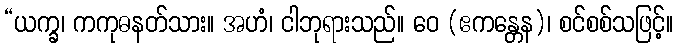
“ယက္ခ၊ ကကုဓနတ်သား။ အဟံ၊ ငါဘုရားသည်။ ဝေ (ဧကန္တေန)၊ စင်စစ်သဖြင့်။